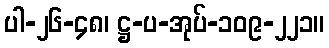
ပါ-၂၆-၄၈၊ ဋ္ဌ-ပ-အုပ်-၁၀၉-၂၂၁။